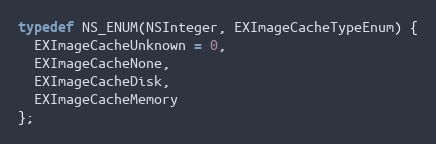
Language: C
typedef NS_ENUM(NSInteger, EXImageCacheTypeEnum) {
  EXImageCacheUnknown = 0,
  EXImageCacheNone,
  EXImageCacheDisk,
  EXImageCacheMemory
};